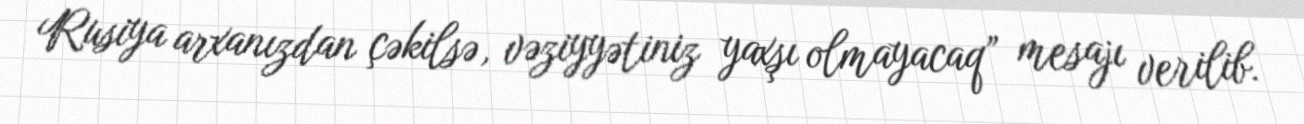
Rusiya arxanızdan çəkilsə, vəziyyətiniz yaxşı olmayacaq” mesajı verilib.